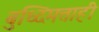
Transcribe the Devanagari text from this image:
बुध्दिमत्ताही